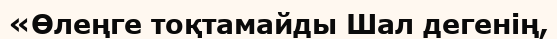
«Өлеңге тоқтамайды Шал дегенiң,